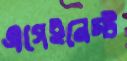
এগেইনেস্ট